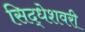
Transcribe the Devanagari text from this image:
सिद्धेशवरी